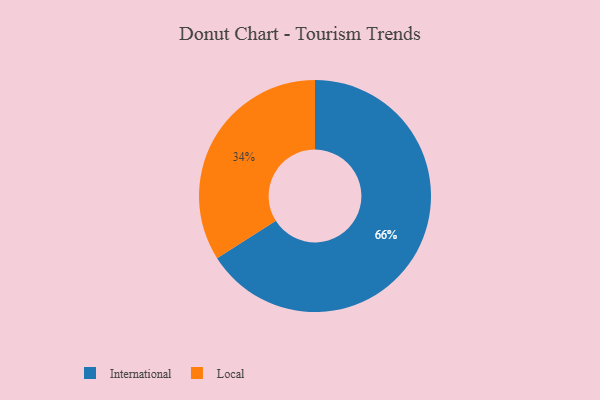
{"axis": {"x": "Category", "y": "Percentage"}, "legend": ["International", "Local"], "data": [{"x": "International", "y": 66, "type": "International"}, {"x": "Local", "y": 34, "type": "Local"}]}